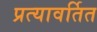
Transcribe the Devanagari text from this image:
प्रत्यावर्तित